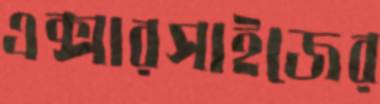
এক্সারসাইজের